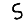
Digit: 5